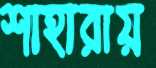
শাহারায়